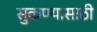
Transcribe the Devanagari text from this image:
सुकण्यासाठी